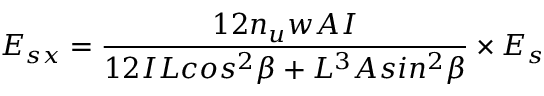
E _ { s x } = \frac { 1 2 n _ { u } w A I } { 1 2 I L c o s ^ { 2 } \beta + L ^ { 3 } A s i n ^ { 2 } \beta } \times { E _ { s } }